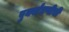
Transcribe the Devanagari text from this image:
पुनर्बांधणीची